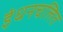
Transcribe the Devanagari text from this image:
इंधनचलित